Tezpur Lunatic Asylum reports 1895-1904 - 1895-1904
Year: 1895
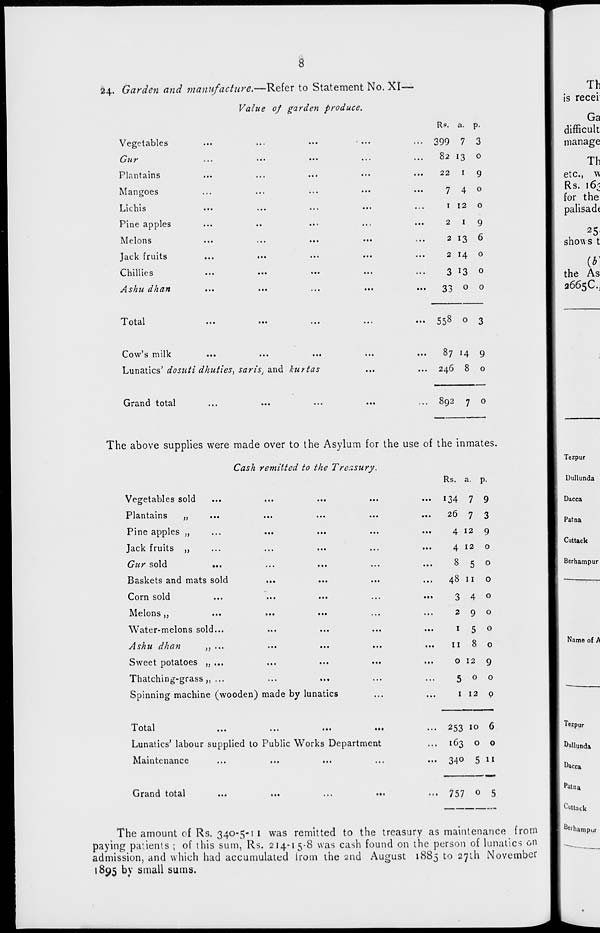
8
24. Garden and manufacture,—Refer to Statement No. XI-
Value of garden produce.
Vegetables
Guy
...
• ••
•••
> • •
Plantains
Mangoes
Lichis
•••
...
...
••«
Pine apples
Melons
...
...
...
...
Jack fruits
...
...
Chillies
...
•••
•••
...
Ashu dhan
...
Total
Rs. a. p-
399 7 3
82 13 0
22
i
9
7 4 0
i 12
0
2
I
9
2 13 6
2 H 0
3 *3 0
33 0 0
••• 55 8 ° 3
Cow's milk
...
...
...
Lunatics' dosnti dhuties, saris, and kurtas
Grand total
87 14 9
246 8 o
... 892 7 0
The above supplies were made over to the Asylum for the use of the inmates.
Cash remitted to the Treasury.
Vegetables sold
L 10.11 l til IIS
yy
••»
••*
»••
•••
Pine apples M
Jilt K iruiLS
yj
,«,
,,,
•••
%#i
Gur sold
Baskets and mats sold
...
Corn sold
iMcions .*
•••
•••
•••
.,,
Water-melons sold...
Ashu dhan
,, ...
Sweet potatoes „ ...
Thatching-grass,,...
Spinning machine (wooden) made by lunatics
1 otai
...
...
...
...
Lunatics' labour supplied to Public Works Department
Maintenance
...
...
...
Grand total
...
...
...
...
Rs. a. p.
... 134 7 9
26 7 3
4 12 9
4 12 o
850
48 II o
340
290
150
11 8 o
o 12 9
500
1 12 p
... 253 10 6
... 163 o o
... 340 5 11
••• 757 0 5
The amount of Rs. 340-5-1 1 was remitted to the treasury as maintenance from
paying patients ; of this sum, Rs. 214-15-8 was cash found on the person of lunatics on
admission, and which had accumulated Irom the 2nd August 1885 to 271I1 November
1895 by small sums.